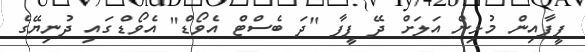
ފީފާއިން މުޅިން އަލަށް ދޭ ފީފާ "ދަ ބެސްޓް އެވޯޑް" އެވޯޑްގައި ދުނިޔޭގެ